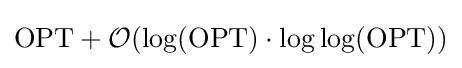
\mathrm {OPT} +{\mathcal {O}}(\log(\mathrm {OPT} )\cdot \log \log(\mathrm {OPT} ))